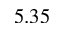
5 . 3 5